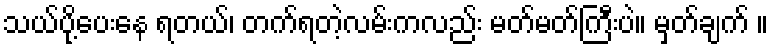
သယ်ပို့ပေးနေ ရတယ်၊ တက်ရတဲ့လမ်းကလည်း မတ်မတ်ကြီးပဲ။ မှတ်ချက် ။